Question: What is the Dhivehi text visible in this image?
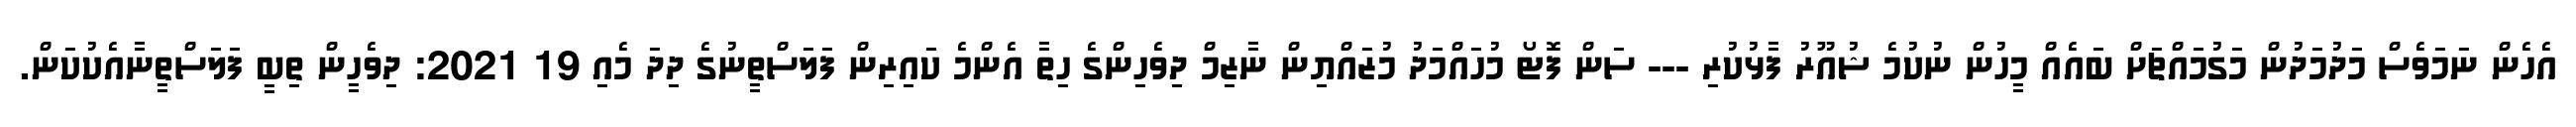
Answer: އެހެން ނަމަވެސް މަދުމަދުން މަގުމައްޗަށް ބައެއް މީހުން ނުކުމެ ޝުއޫރު ފާޅުކުރި --- ސަން ފޮޓޯ މުހައްމަދު މުޒައްޔިން ނާޒިމް ދިވެހިންގެ ހިތާ އެންމެ ކައިރިން ފަލަސްތީނުގެ ދިދަ މެއި 19 2021: ދިވެހީން ތިބީ ފަލަސްތީނާއެކުކަން.